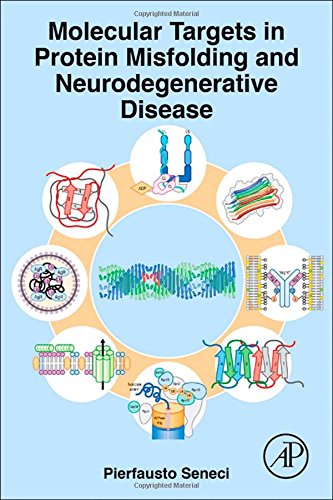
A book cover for Molecular Targets in Protein Misfolding and Neurodegenerative Disease; Pierfausto Seneci; Medical Books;